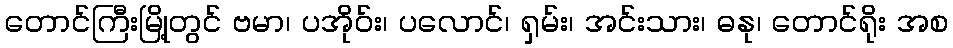
တောင်ကြီးမြို့တွင် ဗမာ၊ ပအိုဝ်း၊ ပလောင်၊ ရှမ်း၊ အင်းသား၊ ဓနု၊ တောင်ရိုး အစ